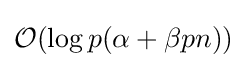
{\mathcal {O}}(\log p(\alpha +\beta pn))